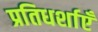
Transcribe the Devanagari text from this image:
प्रतिधर्शाएँ